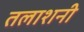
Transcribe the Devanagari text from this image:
तलाशनी